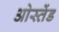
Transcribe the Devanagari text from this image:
ओस्तेंड